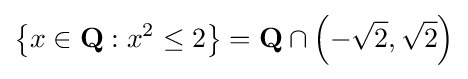
\left\{x\in \mathbf {Q} :x^{2}\leq 2\right\}=\mathbf {Q} \cap \left(-{\sqrt {2}},{\sqrt {2}}\right)